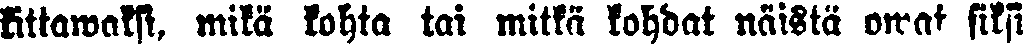
kittawaksi mikä kohta tai mitkä kohdat näistä owat siksi